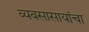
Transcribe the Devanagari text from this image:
व्यबसासायांचा